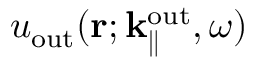
u _ { \mathrm { o u t } } ( { \bf r } ; { \bf k } _ { \parallel } ^ { \mathrm { o u t } } , \omega )